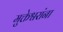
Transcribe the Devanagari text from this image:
मुक्तेश्वरांना